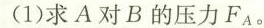
(1)求A对B的压力F_{A}。